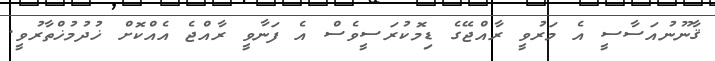
ޤާނޫނުއަސާސީ އެ މަރުވީ ރާއްޖޭގެ ޑިމޮކުރަސީވެސް އެ ފަނާވީ ރާއްޖެ އެއްކޮށް ޚުދުމުޚްތާރުވީ.